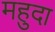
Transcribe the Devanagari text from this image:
महुदा